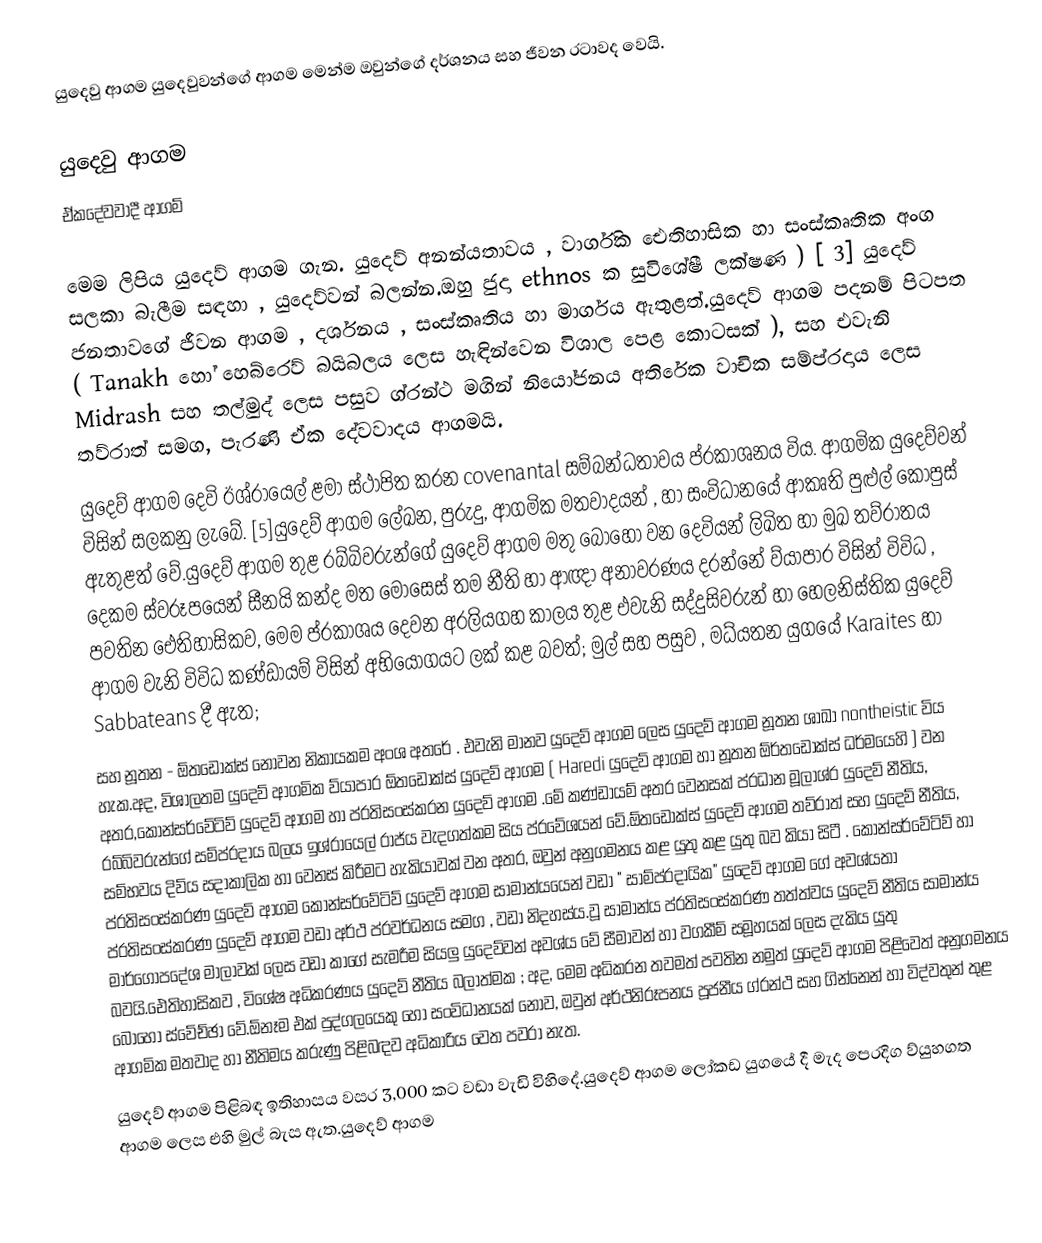
යුදෙවු ආගම යුදෙවුවන්ගේ ආගම මෙන්ම ඔවුන්ගේ දර්ශනය සහ ජීවන රටාවද වෙයි.

යුදෙවු ආගම
ඒකදේවවාදී ආගම්

     මෙම ලිපිය යුදෙව් ආගම ගැන. යුදෙව් අනන්යතාවය , වාර්ගික ඓතිහාසික හා සංස්කෘතික අංග සලකා බැලීම සඳහා , යුදෙව්වන් බලන්න.ඔහු ජුදා ethnos ක සුවිශේෂී ලක්ෂණ ) [ 3] යුදෙව් ජනතාවගේ ජීවන ආගම , දර්ශනය , සංස්කෘතිය හා මාර්ගය ඇතුළත්.යුදෙව් ආගම පදනම් පිටපත ( Tanakh හෝ හෙබ්රෙව් බයිබලය ලෙස හැඳින්වෙන විශාල පෙළ කොටසක් ), සහ එවැනි Midrash සහ තල්මුද් ලෙස පසුව ග්රන්ථ මගින් නියෝජනය අතිරේක වාචික සම්ප්රදාය ලෙස තව්රාත් සමග, පැරණි ඒක දේවවාදය ආගමයි.
යුදෙව් ආගම දෙවි ඊශ්රායෙල් ළමා ස්ථාපිත කරන covenantal සම්බන්ධතාවය ප්රකාශනය විය. ආගමික යුදෙව්වන් විසින් සලකනු ලැබේ. [5]යුදෙව් ආගම ලේඛන, පුරුදු, ආගමික මතවාදයන් , හා සංවිධානයේ ආකෘති පුළුල් කෝපුස් ඇතුළත් වේ.යුදෙව් ආගම තුළ රබ්බිවරුන්ගේ යුදෙව් ආගම මතු බොහෝ වන දෙවියන් ලිඛිත හා මුඛ තව්රාතය දෙකම ස්වරූපයෙන් සීනයි කන්ද මත මෝසෙස් තම නීති හා ආඥා අනාවරණය දරන්නේ ව්යාපාර විසින් විවිධ , පවතින ඓතිහාසිකව, මෙම ප්රකාශය දෙවන අරලියගහ කාලය තුළ එවැනි සද්දුසිවරුන් හා හෙලනිස්තික යුදෙව් ආගම වැනි විවිධ කණ්ඩායම් විසින් අභියෝගයට ලක් කළ බවත්; මුල් සහ පසුව , මධ්යතන යුගයේ Karaites හා Sabbateans දී ඇත;
සහ නූතන - ඕතඩොක්ස් නොවන නිකායකම අංශ අතරේ . එවැනි මානව යුදෙව් ආගම ලෙස යුදෙව් ආගම නූතන ශාඛා nontheistic විය හැක.අද, විශාලතම යුදෙව් ආගමික ව්යාපාර ඕතඩොක්ස් යුදෙව් ආගම ( Haredi යුදෙව් ආගම හා නූතන ඕර්තඩොක්ස් ධර්මයෙහි ) වන අතර,කොන්සර්වේටිව් යුදෙව් ආගම හා ප්රතිසංස්කරන යුදෙව් ආගම .මේ කණ්ඩායම් අතර වෙනසක් ප්රධාන මූලාශ්ර යුදෙව් නීතිය, රබ්බිවරුන්ගේ සම්ප්රදාය බලය ඉශ්රායෙල් රාජ්ය වැදගත්කම සිය ප්රවේශයන් වේ.ඕතඩොක්ස් යුදෙව් ආගම තව්රාත් සහ යුදෙව් නීතිය, සම්භවය දිව්ය සදාකාලික හා වෙනස් කිරීමට හැකියාවක් වන අතර, ඔවුන් අනුගමනය කළ යුතු කළ යුතු බව කියා සිටී . කොන්සර්වේටිව් හා ප්රතිසංස්කරණ යුදෙව් ආගම කොන්සර්වේටිව් යුදෙව් ආගම සාමාන්යයෙන් වඩා " සාම්ප්රදායික" යුදෙව් ආගම ගේ අවශ්යතා ප්රතිසංස්කරණ යුදෙව් ආගම වඩා අර්ථ ප්රවර්ධනය සමග , වඩා නිදහස්ය.වූ සාමාන්ය ප්රතිසංස්කරණ තත්ත්වය යුදෙව් නීතිය සාමාන්ය මාර්ගෝපදේශ මාලාවක් ලෙස වඩා කාගේ සැමරීම සියලු යුදෙව්වන් අවශ්ය වේ සීමාවන් හා වගකීම් සමූහයක් ලෙස දැකිය යුතු බවයි.ඓතිහාසිකව , විශේෂ අධිකරණය යුදෙව් නීතිය බලාත්මක ; අද, මෙම අධිකරන තවමත් පවතින නමුත් යුදෙව් ආගම පිළිවෙත් අනුගමනය බොහෝ ස්වේච්ඡා වේ.ඕනෑම එක් පුද්ගලයෙකු හෝ සංවිධානයක් නොව, ඔවුන් අර්ථනිරූපනය පූජනීය ග්රන්ථ සහ ගින්නෙන් හා විද්වතුන් තුළ ආගමික මතවාද හා නීතිමය කරුණු පිළිබඳව අධිකාරිය වෙත පවරා නැත.
යුදෙව් ආගම පිළිබඳ ඉතිහාසය වසර 3,000 කට වඩා වැඩි විහිදේ.යුදෙව් ආගම ලෝකඩ යුගයේ දී මැද පෙරදිග ව්යුහගත ආගම ලෙස එහි මුල් බැස ඇත.යුදෙව් ආගම